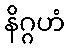
နိဂ္ဂဟံ